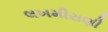
લખમીરાણી